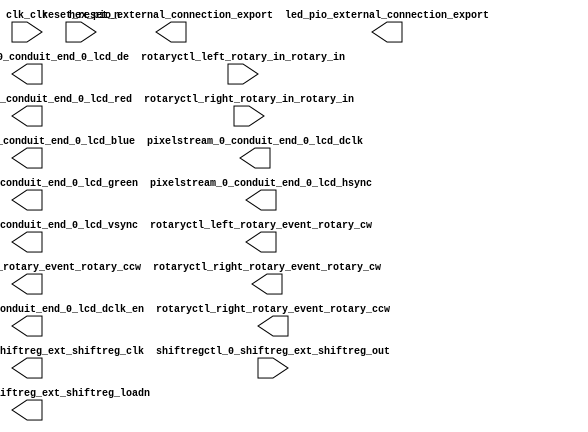

module clarvi_soc (
	clk_clk,
	hex_pio_external_connection_export,
	led_pio_external_connection_export,
	pixelstream_0_conduit_end_0_lcd_red,
	pixelstream_0_conduit_end_0_lcd_green,
	pixelstream_0_conduit_end_0_lcd_blue,
	pixelstream_0_conduit_end_0_lcd_hsync,
	pixelstream_0_conduit_end_0_lcd_vsync,
	pixelstream_0_conduit_end_0_lcd_de,
	pixelstream_0_conduit_end_0_lcd_dclk,
	pixelstream_0_conduit_end_0_lcd_dclk_en,
	reset_reset_n,
	rotaryctl_left_rotary_event_rotary_cw,
	rotaryctl_left_rotary_event_rotary_ccw,
	rotaryctl_left_rotary_in_rotary_in,
	rotaryctl_right_rotary_event_rotary_cw,
	rotaryctl_right_rotary_event_rotary_ccw,
	rotaryctl_right_rotary_in_rotary_in,
	shiftregctl_0_shiftreg_ext_shiftreg_clk,
	shiftregctl_0_shiftreg_ext_shiftreg_loadn,
	shiftregctl_0_shiftreg_ext_shiftreg_out);	

	input		clk_clk;
	output	[23:0]	hex_pio_external_connection_export;
	output	[9:0]	led_pio_external_connection_export;
	output	[7:0]	pixelstream_0_conduit_end_0_lcd_red;
	output	[7:0]	pixelstream_0_conduit_end_0_lcd_green;
	output	[7:0]	pixelstream_0_conduit_end_0_lcd_blue;
	output		pixelstream_0_conduit_end_0_lcd_hsync;
	output		pixelstream_0_conduit_end_0_lcd_vsync;
	output		pixelstream_0_conduit_end_0_lcd_de;
	output		pixelstream_0_conduit_end_0_lcd_dclk;
	output		pixelstream_0_conduit_end_0_lcd_dclk_en;
	input		reset_reset_n;
	output		rotaryctl_left_rotary_event_rotary_cw;
	output		rotaryctl_left_rotary_event_rotary_ccw;
	input	[1:0]	rotaryctl_left_rotary_in_rotary_in;
	output		rotaryctl_right_rotary_event_rotary_cw;
	output		rotaryctl_right_rotary_event_rotary_ccw;
	input	[1:0]	rotaryctl_right_rotary_in_rotary_in;
	output		shiftregctl_0_shiftreg_ext_shiftreg_clk;
	output		shiftregctl_0_shiftreg_ext_shiftreg_loadn;
	input		shiftregctl_0_shiftreg_ext_shiftreg_out;
endmodule